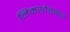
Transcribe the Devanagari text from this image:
निमखेडकर